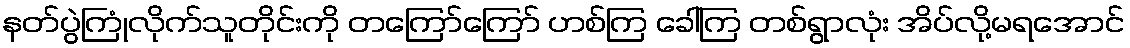
နတ်ပွဲကြုံလိုက်သူတိုင်းကို တကြော်ကြော် ဟစ်ကြ ခေါ်ကြ တစ်ရွာလုံး အိပ်လို့မရအောင်